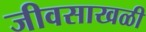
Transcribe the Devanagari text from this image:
जीवसाखळी